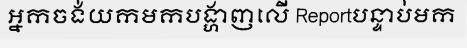
អ្នកចង់យកមកបង្ហាញលើ Reportបន្ទាប់មក